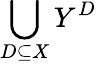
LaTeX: \bigcup_{D\subseteq{X}}Y^{D}